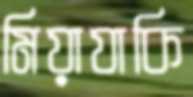
মিয়াযাকি